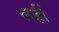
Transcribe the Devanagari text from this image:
लहीं